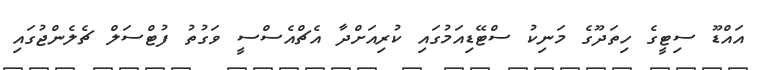
އައްޑޫ ސިޓީގެ ހިތަދޫގެ މަނިކު ސްޓޭޑިއަމުގައި ކުރިއަށްދާ އެޗްއެސްސީ ވަގުތު ފުޓްސަލް ޗެލެންޖުގައި